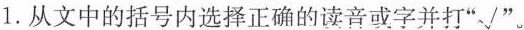
1. 从文中的括号内选择正确的读音或字并打“√”